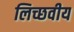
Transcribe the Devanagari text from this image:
लिच्छवीय